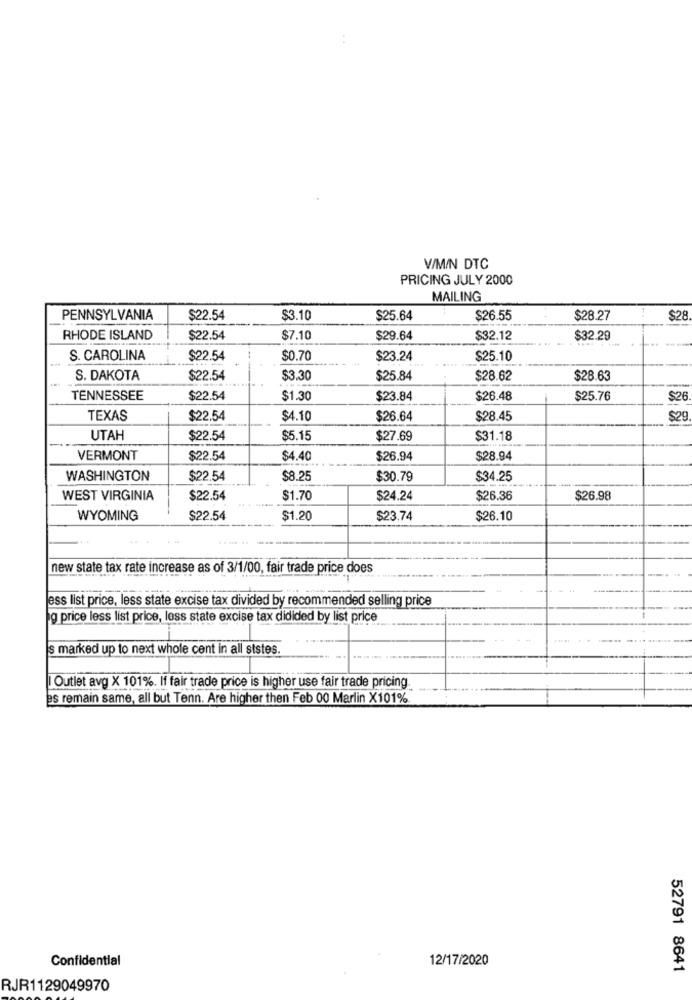
V/MIN DTC
PRICING JULY 2000
MAILING
PENNSYLVANIA
$22.54
$3.10
$25.64
$26.55
$28.27
$28
RHODE ISLAND
$22.54
$7.10
$29.64
$32.12
$32.29
S. CAROLINA
$22.54
$0.70
$23.24
$25.10
S. DAKOTA
$22.54
$3.30
$25.84
$28.62
$28.63
TENNESSEE
$22.54
$1.30
$23.84
$26.48
$25.76
$26.
TEXAS
$22.54
$4.10
$26.64
$28.45
$29
UTAH
$22.54
$5.15
$27.69
$31.18
VERMONT
$22.54
$4.40
$26.94
$28.94
WASHINGTON
$22.54
$8.25
$30.79
$34.25
WEST VIRGINIA
$22.54
$1.70
$24.24
$26.36
$26.98
WYOMING
$22.54
$1.20
$23.74
$26.10
new state tax rate increase as of 3/1/00, fair trade price does
ess list price, less state excise tax divided by recommended selling price
g price less list price, less state excise tax didided by list price
s marked up to next whole cent in all ststes.
Outlet avg X 101%. If fair trade price is higher use fair trade pricing.
es remain same, all but Tenn. Are higher then Feb 00 Marlin X101%
Confidential
12/17/2020
52791 8641
RJR1129049970